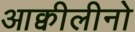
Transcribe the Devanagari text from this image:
आक्वीलीनो